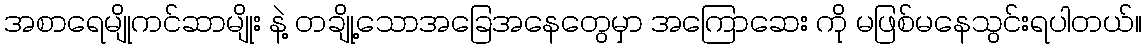
အစာရေမျိုကင်ဆာမျိုး နဲ့ တချို့သောအခြေအနေတွေမှာ အကြောဆေး ကို မဖြစ်မနေသွင်းရပါတယ်။